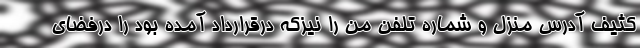
کثیف آدرس منزل و شماره تلفن من را نیزکه درقرارداد آمده بود را درفضای